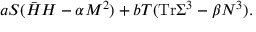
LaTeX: a S ( \bar { H } H - \alpha M ^ { 2 } ) + b T ( \mathrm { T r } \Sigma ^ { 3 } - \beta N ^ { 3 } ) .